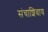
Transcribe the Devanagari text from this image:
संचाशिवाय